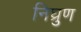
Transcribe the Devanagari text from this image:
निघ्रुण